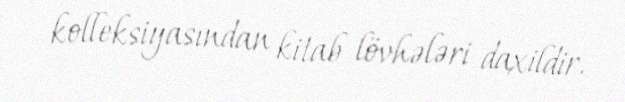
kolleksiyasından kitab lövhələri daxildir.